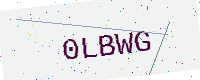
Text: 0LBWG